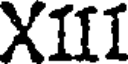
XIII